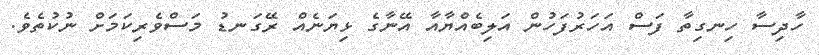
ހާދިސާ ހިނގިތާ ފަސް އަހަރުފަހުން އަލިބެއްޔާއާ އޭނާގެ ޅިޔަނެއް ރޭގަނޑު މަސްވެރިކަމަށް ނުކުތެވެ.